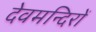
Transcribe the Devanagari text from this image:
देवमन्दिरों